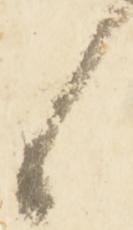
候